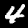
Digit: 4